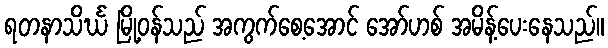
ရတနာသိင်္ဃ မြို့ဝန်သည် အကွက်စေ့အောင် အော်ဟစ် အမိန့်ပေးနေသည်။